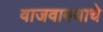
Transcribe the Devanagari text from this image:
वाजवावयाचे